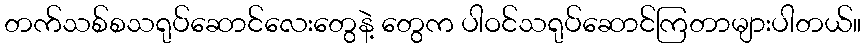
တက်သစ်စသရုပ်ဆောင်လေးတွေနဲ့ တွေက ပါဝင်သရုပ်ဆောင်ကြတာများပါတယ်။